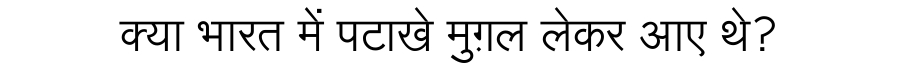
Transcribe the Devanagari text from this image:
क्या भारत में पटाखे मुग़ल लेकर आए थे?